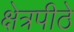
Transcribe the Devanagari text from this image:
क्षेत्रपीठे